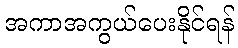
အကာအကွယ်ပေးနိုင်ရန်